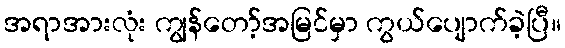
အရာအားလုံး ကျွန်တော့်အမြင်မှာ ကွယ်ပျောက်ခဲ့ပြီ။